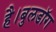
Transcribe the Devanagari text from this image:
है।बुलडॉग